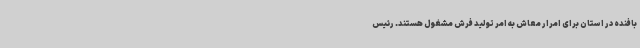
بافنده در استان برای امرار معاش به امر تولید فرش مشغول هستند. رئیس